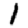
Digit: 1